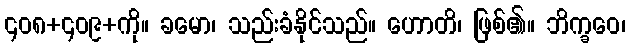
၄၀၈+၄၀၉+ကို။ ခမော၊ သည်းခံနိုင်သည်။ ဟောတိ၊ ဖြစ်၏။ ဘိက္ခဝေ၊